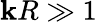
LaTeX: \mathbf{k}R\gg1